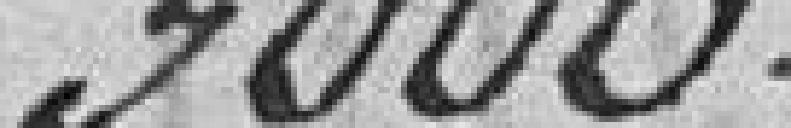
3000